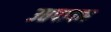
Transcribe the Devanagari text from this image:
उप्तपादन